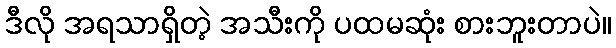
ဒီလို အရသာရှိတဲ့ အသီးကို ပထမဆုံး စားဘူးတာပဲ။